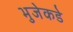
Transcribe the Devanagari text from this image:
भुजेकडे